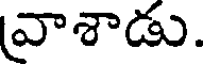
వాశాడు.